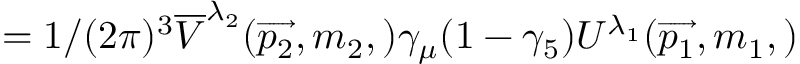
= 1 / ( 2 \pi ) ^ { 3 } \overline { { { V } } } ^ { \lambda _ { 2 } } ( \overrightarrow { p _ { 2 } } , m _ { 2 } , ) \gamma _ { \mu } ( 1 - \gamma _ { 5 } ) U ^ { \lambda _ { 1 } } ( \overrightarrow { p _ { 1 } } , m _ { 1 } , )